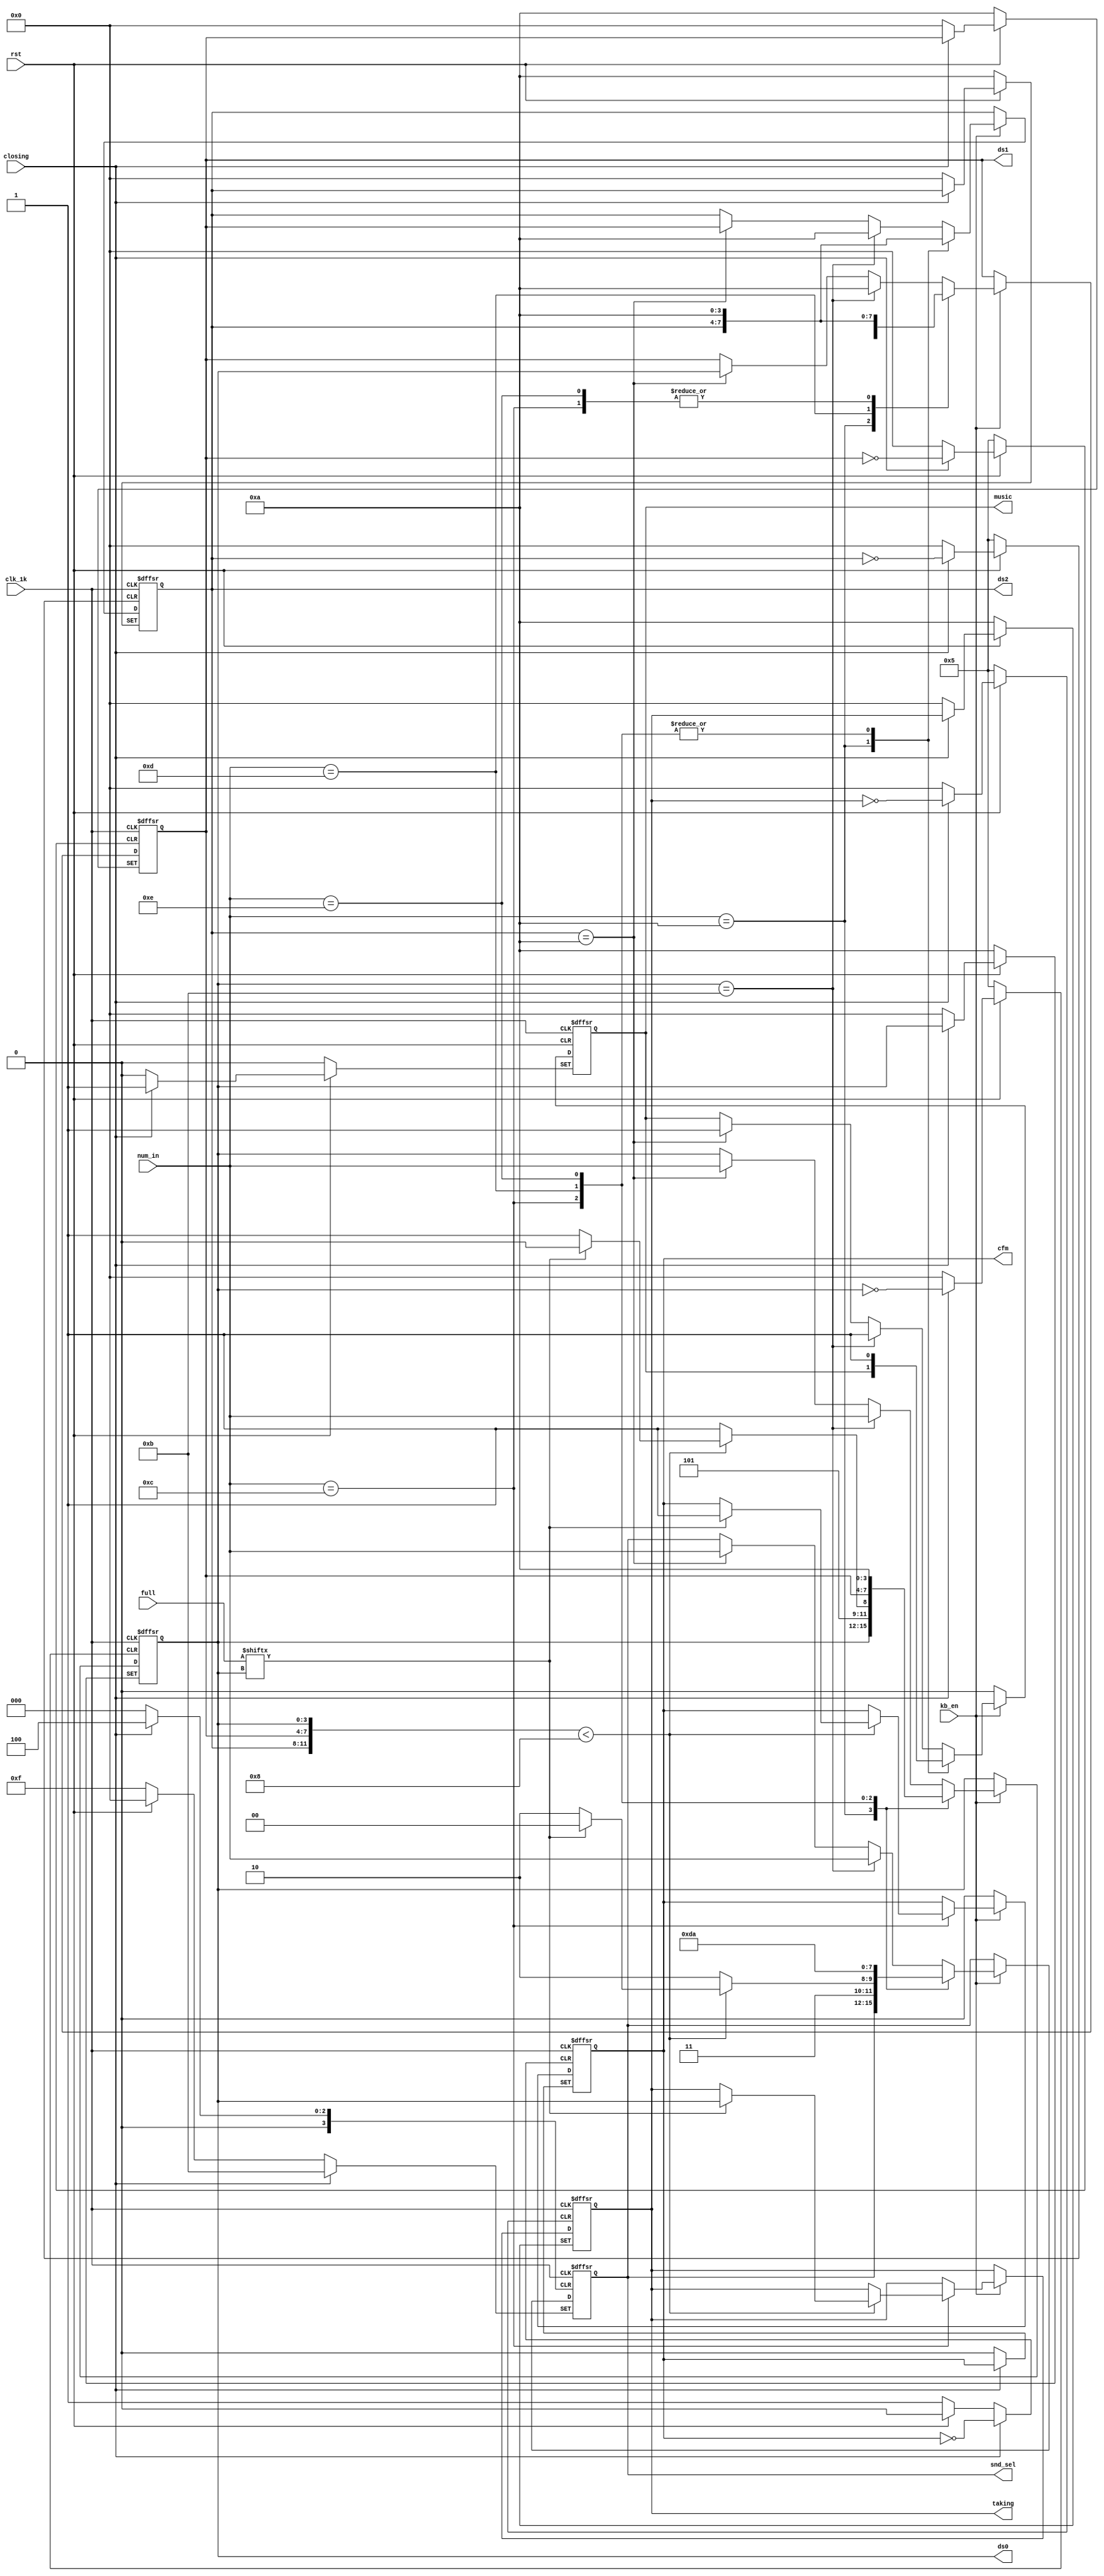
//
module Operator(
										input clk_1k,										//1kHz
										input [3:0] num_in,						//Keyboard>>
										input kb_en,										//Keyboard>>
										input [7:0] full,								//LD>>
										input rst,												//
										input closing,									//88Screen>>
										
										output reg [3:0] ds2=4'hA,			//>>DISP2DISP4'hADIPSDISP
										output reg [3:0] ds1=4'hA,			//>>DISP1
										output reg [3:0] ds0=4'hA,			//>>DISP0
												
										output reg [3:0] taking=4'hA,			//>>LDLED
										output reg cfm=0,								//>>
										output reg [3:0] snd_sel=4'hF,		//>>BP
										output reg music=0								//>>BP
										);
	
	localparam DS_NONE=4'hA,
								DS_ERROR=4'hB,
								BP_NONE=4'hF,
								BP_COLSING=4'hB,
								BP_OPENING=4'hC,
								BP_ERROR=4'hE,
								BP_DELETE=4'hD,
								BP_ALLCLEAR=4'hA;
	
	
	//
		always@(posedge clk_1k or negedge rst or posedge closing)begin
			if(!rst) begin
				ds2<=DS_NONE;
				ds1<=DS_NONE;
				ds0<=DS_NONE;
				taking<=4'hA;
				cfm<=0;
				snd_sel<=BP_NONE;
				music<=0;
			end
			else if(closing)begin
				snd_sel<=BP_COLSING;
				music<=1;
			end
			else begin
				if(kb_en)begin
					case(num_in)
						4'hA:begin		//
										ds2<=ds2;
										ds1<=ds1;
										ds0<=ds0;
									end				
						4'hC:begin		//	
										if({ds2,ds1,ds0}<8) begin	//8000007
											if(full[ds0]) begin	//
												ds2<=DS_NONE;			//
												ds1<=DS_NONE;
												ds0<=DS_NONE;
												cfm<=1;					//elsecfm
												taking<=ds0;		//LD
												snd_sel<=BP_OPENING;	//BP
												music<=1;
											end
											else begin						//E
												ds2<=DS_NONE;
												ds1<=DS_NONE;
												ds0<=DS_ERROR;				//EDISP
												snd_sel<=BP_ERROR;		//BP
												music<=1;
											end
										end
										else begin												//
											ds2<=DS_NONE;
											ds1<=DS_NONE;
											ds0<=DS_ERROR;		//EDISP
											snd_sel<=BP_ERROR;	//BP
											music<=1;
										end
									end
						4'hD:begin	//
										ds2<=DS_NONE;
										ds1<=ds2;
										ds0<=ds1;
										snd_sel<=BP_DELETE;	//BP
										music<=1;
									end
						4'hE:begin		//
										ds2<=DS_NONE;
										ds1<=DS_NONE;
										ds0<=DS_NONE;
										snd_sel<=BP_ALLCLEAR;//BP
										music<=1;
									end
						default:begin	//
											if(ds0==DS_ERROR)begin					//E0E
												ds2<=DS_NONE;
												ds1<=DS_NONE;
												ds0<=num_in;
												snd_sel<=num_in;					//BP
												music<=1;
											end
											else if(ds2==DS_NONE)begin		//
												ds2<=ds1;
												ds1<=ds0;
												ds0<=num_in;
												snd_sel<=num_in;					//BP
												music<=1;
											end
										end
					endcase
				end
				else begin
					cfm<=0;		//
					music<=0;
				end
			end
		end
	
endmodule